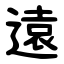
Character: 遠